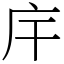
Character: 𢇛